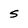
Character: S